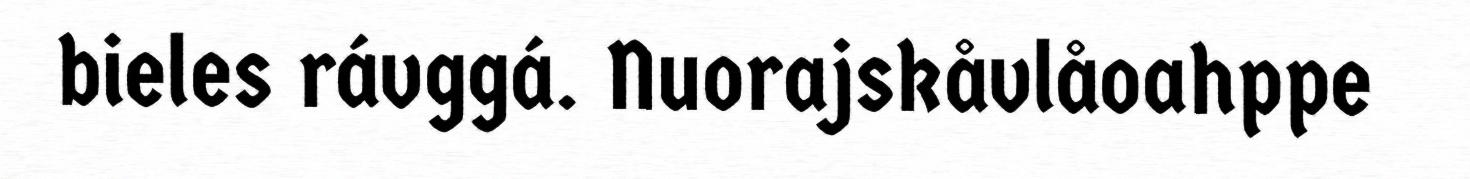
bieles rávggá. Nuorajskåvlåoahppe